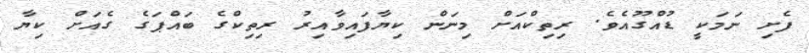
ފެށި ނަމަކީ ޑުއްގޫއެވެ. ރިތިކްއަށް މިނަން ކިޔާފައިވާއިރު ރިތިކްގެ ބައްޕަގެ ގެއަށް ކިޔާ